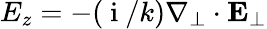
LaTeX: E_{z}=-(\mathrm{~i~}/k)\nabla_{\perp}\cdot\mathbf{E}_{\perp}